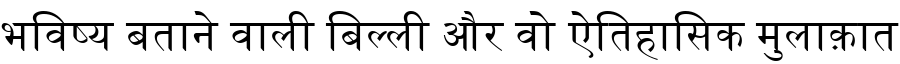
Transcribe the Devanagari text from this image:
भविष्य बताने वाली बिल्ली और वो ऐतिहासिक मुलाक़ात